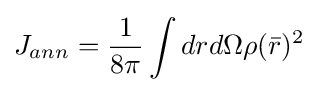
J_{ann}={\frac {1}{8\pi }}\int drd\Omega \rho ({\bar {r}})^{2}